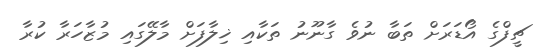
ޗީފްގެ އޯޑަރަށް ތަބާ ނުވެ ގާނޫނު ތަކާއި ޚިލާފަށް މާލޭގައި މުޒާހަރާ ކުރާ